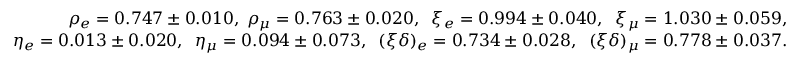
\begin{array} { r l r } & { } & { \rho _ { e } = 0 . 7 4 7 \pm 0 . 0 1 0 , \; \rho _ { \mu } = 0 . 7 6 3 \pm 0 . 0 2 0 , \; \; \xi _ { e } = 0 . 9 9 4 \pm 0 . 0 4 0 , \; \; \xi _ { \mu } = 1 . 0 3 0 \pm 0 . 0 5 9 , } \\ & { } & { \eta _ { e } = 0 . 0 1 3 \pm 0 . 0 2 0 , \; \; \eta _ { \mu } = 0 . 0 9 4 \pm 0 . 0 7 3 , \; \; ( \xi \delta ) _ { e } = 0 . 7 3 4 \pm 0 . 0 2 8 , \; \; ( \xi \delta ) _ { \mu } = 0 . 7 7 8 \pm 0 . 0 3 7 . } \end{array}